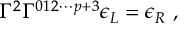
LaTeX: \Gamma ^ { 2 } \Gamma ^ { 0 1 2 \cdots p + 3 } \epsilon _ { L } = \epsilon _ { R } \ ,